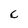
Character: C